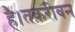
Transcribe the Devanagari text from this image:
है।तक़रीबन